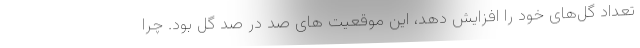
تعداد گل‌های خود را افزایش دهد، این موقعیت‌ های صد در صد گل بود. چرا